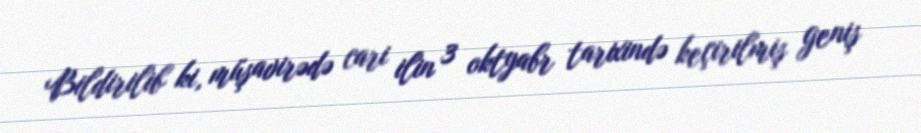
Bildirilib ki, müşavirədə cari ilin 3 oktyabr tarixində keçirilmiş geniş